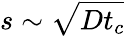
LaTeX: s\sim\sqrt{Dt_{c}}